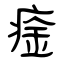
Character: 㾣